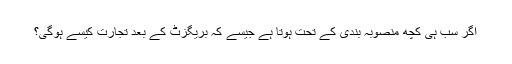
اگر سب ہی کچھ منصوبہ بندی کے تحت ہوتا ہے جیسے کہ بریگزٹ کے بعد تجارت کیسے ہوگی؟